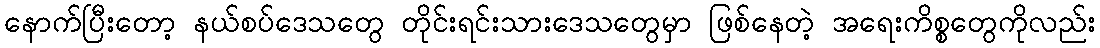
နောက်ပြီးတော့ နယ်စပ်ဒေသတွေ တိုင်းရင်းသားဒေသတွေမှာ ဖြစ်နေတဲ့ အရေးကိစ္စတွေကိုလည်း